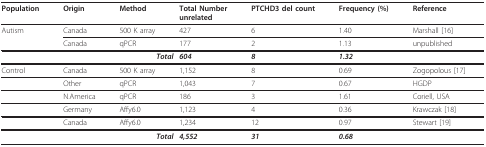
| Population | Origin | Method | Total Number unrelated | PTCHD3 del count | Frequency (%) | Reference |
 | --- | --- | --- | --- | --- | --- | --- |
 | Autism | Canada | 500 K array | 427 | 6 | 1.40 | Marshall [16] |
 |  | Canada | qPCR | 177 | 2 | 1.13 | unpublished |
 | <COLSPAN=3> Total | 604 | 8 | 1.32 |  |
 | Control | Canada | 500 K array | 1,152 | 8 | 0.69 | Zogopolous [17] |
 |  | Other | qPCR | 1,043 | 7 | 0.67 | HGDP |
 |  | N.America | qPCR | 186 | 3 | 1.61 | Coriell, USA |
 |  | Germany | Affy6.0 | 1,123 | 4 | 0.36 | Krawczak [18] |
 |  | Canada | Affy6.0 | 1,234 | 12 | 0.97 | Stewart [19] |
 | <COLSPAN=3> Total | 4,552 | 31 | 0.68 |  |